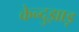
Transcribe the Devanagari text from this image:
केन्दुझाड़